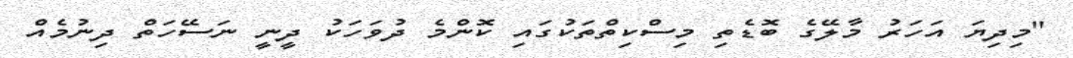
"މިދިޔަ އަހަރު މާލޭގެ ބޮޑެތި މިސްކިތްތަކުގައި ކޮންމެ ދުވަހަކު ދީނީ ނަސޭހަތް ދިނުމެއް